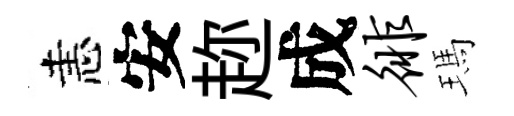
恚安趂成徘瑪